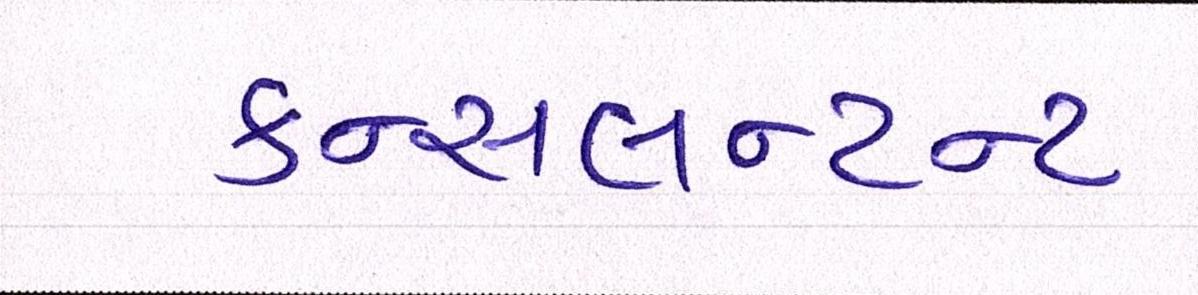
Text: કન્સલન્ટન્ટ